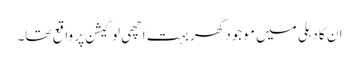
ان کا دہلی میں موجود گھر بہت اچھی لوکیشن پر واقع تھا۔